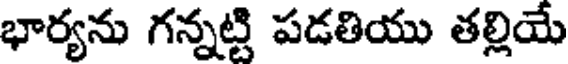
భార్యను గన్నట్టి పడతియు తల్లియే